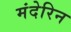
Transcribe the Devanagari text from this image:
मंदेरिन